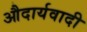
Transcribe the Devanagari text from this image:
औदार्यवादी